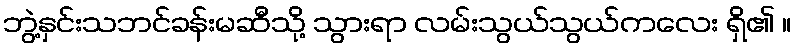
ဘွဲ့နှင်းသဘင်ခန်းမဆီသို့ သွားရာ လမ်းသွယ်သွယ်ကလေး ရှိ၏ ။